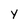
Character: Y